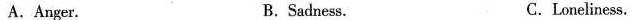
A.Anger. B. Sadness. C. Loneliness.